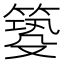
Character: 𥰺